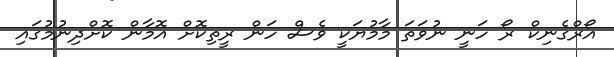
އޯރްގެނިކް ރޯ ހަނީ ނުވަތަ މާމުޔަކީ ވެސް ހަން ރީތިކޮށް އޮމާން ކޮށްދިނުމުގައި